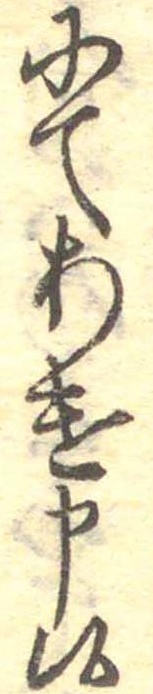
にてあけ申候